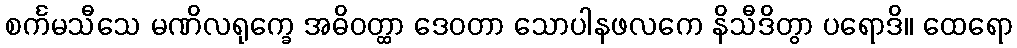
စင်္ကမသီသေ မဏိလရုက္ခေ အဓိဝတ္ထာ ဒေဝတာ သောပါနဖလကေ နိသီဒိတွာ ပရောဒိ။ ထေရော